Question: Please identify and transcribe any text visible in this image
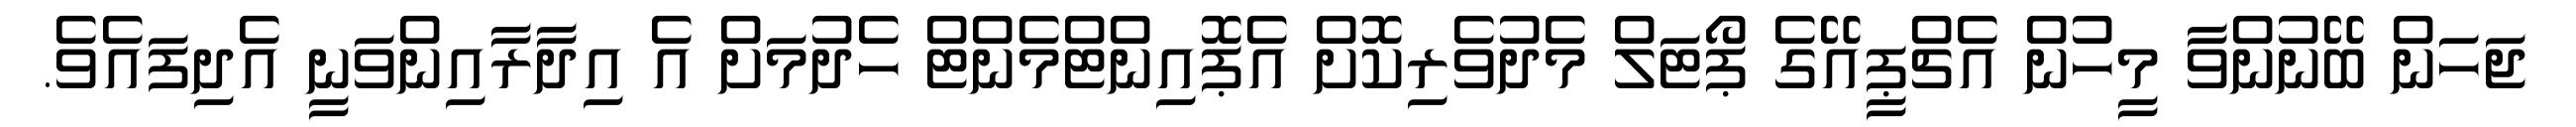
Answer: ޖަހަން ބޭނުންވާ މީހުން އެޗްޕީއޭގެ ޕޯޓަލް މެދުވެރިކޮށް އެޕޮއިންޓްމެންޓް ހެދުމަށް އެ އިދާރާއިންވަނީ އެދިފައެވެ.